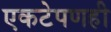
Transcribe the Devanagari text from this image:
एकटेपणही